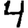
Digit: 4